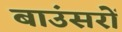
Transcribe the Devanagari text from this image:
बाउंसरों